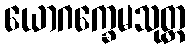
ယောဂက္ခေမသုတ္တ